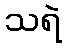
သရဲ